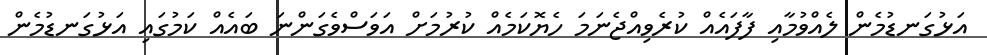
އަޅުގަނޑުމެން ލެއްވުމާއި ފާފައެއް ކުރެވިއްޖެނަަމަ ހެޔޮކަމެއް ކުރުމަށް އަވަސްވެގަންނަ ބައެއް ކަމުގައި އަޅުގަނޑުމެން